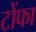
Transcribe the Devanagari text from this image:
टोंफा